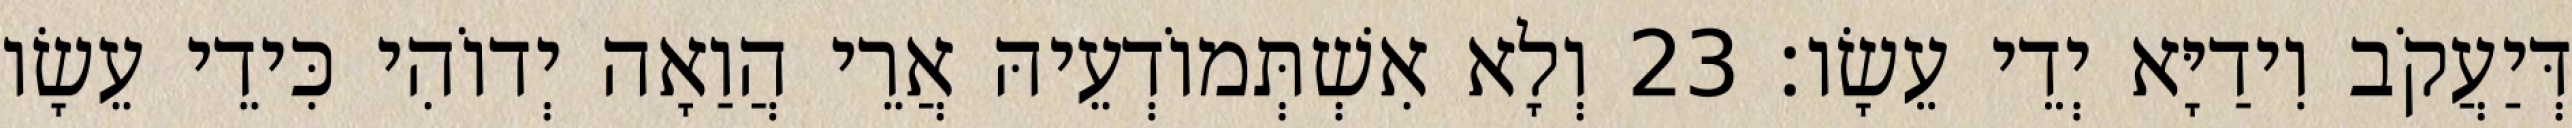
דְּיַעֲקֹב וִידַיָּא יְדֵי עֵשָׂו׃ 23 וְלָא אִשְׁתְּמוֹדְעֵיהּ אֲרֵי הֲוַאָה יְדוֹהִי כִּידֵי עֵשָׂו